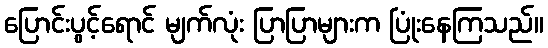
ပြောင်းပွင့်ရောင် မျက်လုံး ပြာပြာများက ပြုံးနေကြသည်။